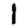
Digit: 1